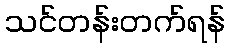
သင်တန်းတက်ရန်